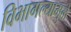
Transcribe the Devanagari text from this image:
विभागल्यामुळे